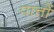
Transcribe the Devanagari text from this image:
पात्तों